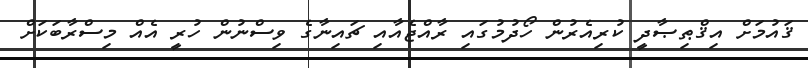
ޤައުމަށް އިޤްޠިޞާދީ ކުރިއެރުން ހޯދުމުގައި ރާއްޖެއާއި ޗައިނާގެ ވިސްނުން ހުރީ އެއް މިސްރާބަކަށް